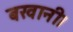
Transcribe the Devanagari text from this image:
बखानी।